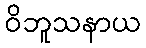
ဝိဘူသနာယ